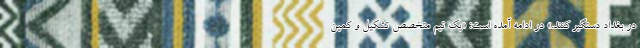
در بغداد دستگیر کنند.» در ادامه آمده است: «یک تیم متخصص تشکیل و کمین